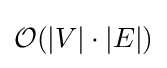
{\mathcal {O}}(\left|V\right|\cdot \left|E\right|)